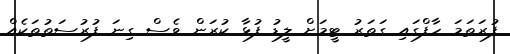
ފުރަތަމަ ހާފްގައި ގަތަރު ޓީމަށް ލީޑު ފުޅާ ކުރަން ވެސް ގިނަ ފުރުސަތުތަކެއް